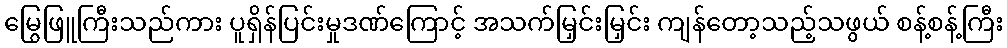
မြွေဖြူကြီးသည်ကား ပူရှိန်ပြင်းမှုဒဏ်ကြောင့် အသက်မြှင်းမြှင်း ကျန်တော့သည့်သဖွယ် စန့်စန့်ကြီး